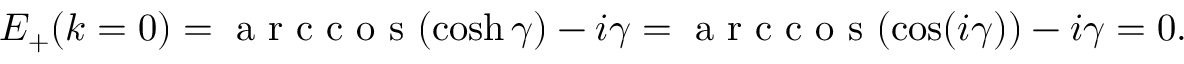
E _ { + } ( k = 0 ) = \mathrm { ~ a ~ r ~ c ~ c ~ o ~ s ~ } ( \cosh \gamma ) - i \gamma = \mathrm { ~ a ~ r ~ c ~ c ~ o ~ s ~ } ( \cos ( i \gamma ) ) - i \gamma = 0 .